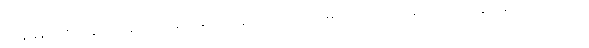
ကျန်နေတဲ့ စင့်ကွင်းတွေလည်း သေချာမထိန်းသိမ်းရင် သိပ်မကြာခင်မှာပဲ အားလုံးကုန်သွားမယ့် သဘောမှာ